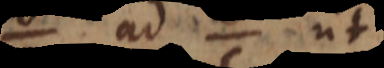
ad ut